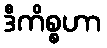
ဒီကိစ္စဟာ